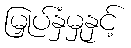
မြှုပ်နှံမှုနှင့်